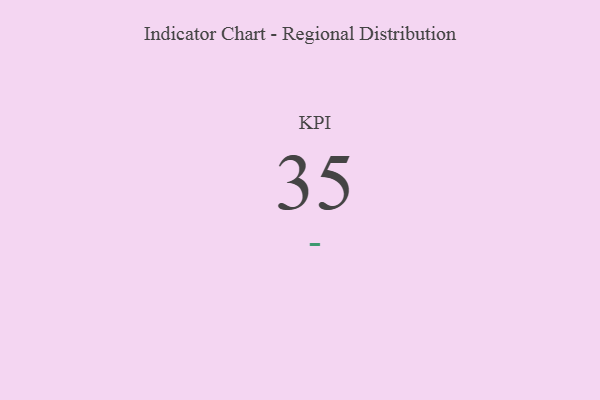
{"axis": {"x": "KPI", "y": "Value"}, "legend": [""], "data": [{"x": "KPI", "y": 35, "type": ""}]}